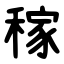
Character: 稼